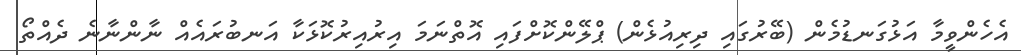
އެހެންވީމާ އަޅުގަނޑުމެން (ބޭރުގައި ދިރިއުޅެން) ޕްލޭންކޮށްފައި އޮތްނަމަ އިރުއިރުކޮޅަކާ އަނބުރައެއް ނާންނާނެ ދެއްތޯ